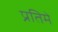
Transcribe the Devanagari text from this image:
प्रतिमे